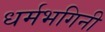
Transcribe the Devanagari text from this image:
धर्मभगिनी